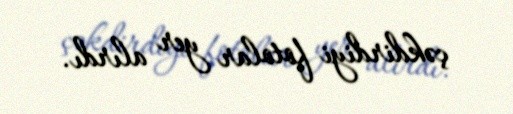
çəkdirdiyi fotolar yer alırdı.